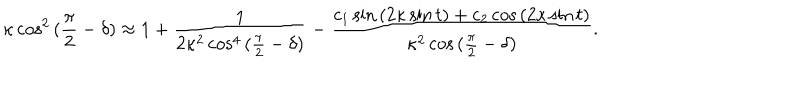
LaTeX: \kappa \cos ^ { 2 } { ( \frac { \pi } { 2 } - \delta ) } \approx 1 + \frac { 1 } { 2 \kappa ^ { 2 } \cos ^ { 4 } { ( \frac { \pi } { 2 } - \delta ) } } - \frac { c _ { 1 } \sin { ( 2 \kappa \sin { t } ) } + c _ { 2 } \cos { ( 2 \kappa \sin { t } ) } } { \kappa ^ { 2 } \cos { ( \frac { \pi } { 2 } - \delta ) } } .